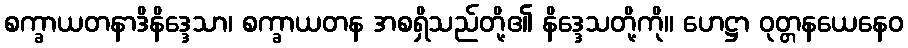
စက္ခာယတနာဒိနိဒ္ဒေသာ၊ စက္ခာယတန အစရှိသည်တို့၏ နိဒ္ဒေသတို့ကို။ ဟေဋ္ဌာ ဝုတ္တနယေနေဝ